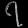
Digit: ၇